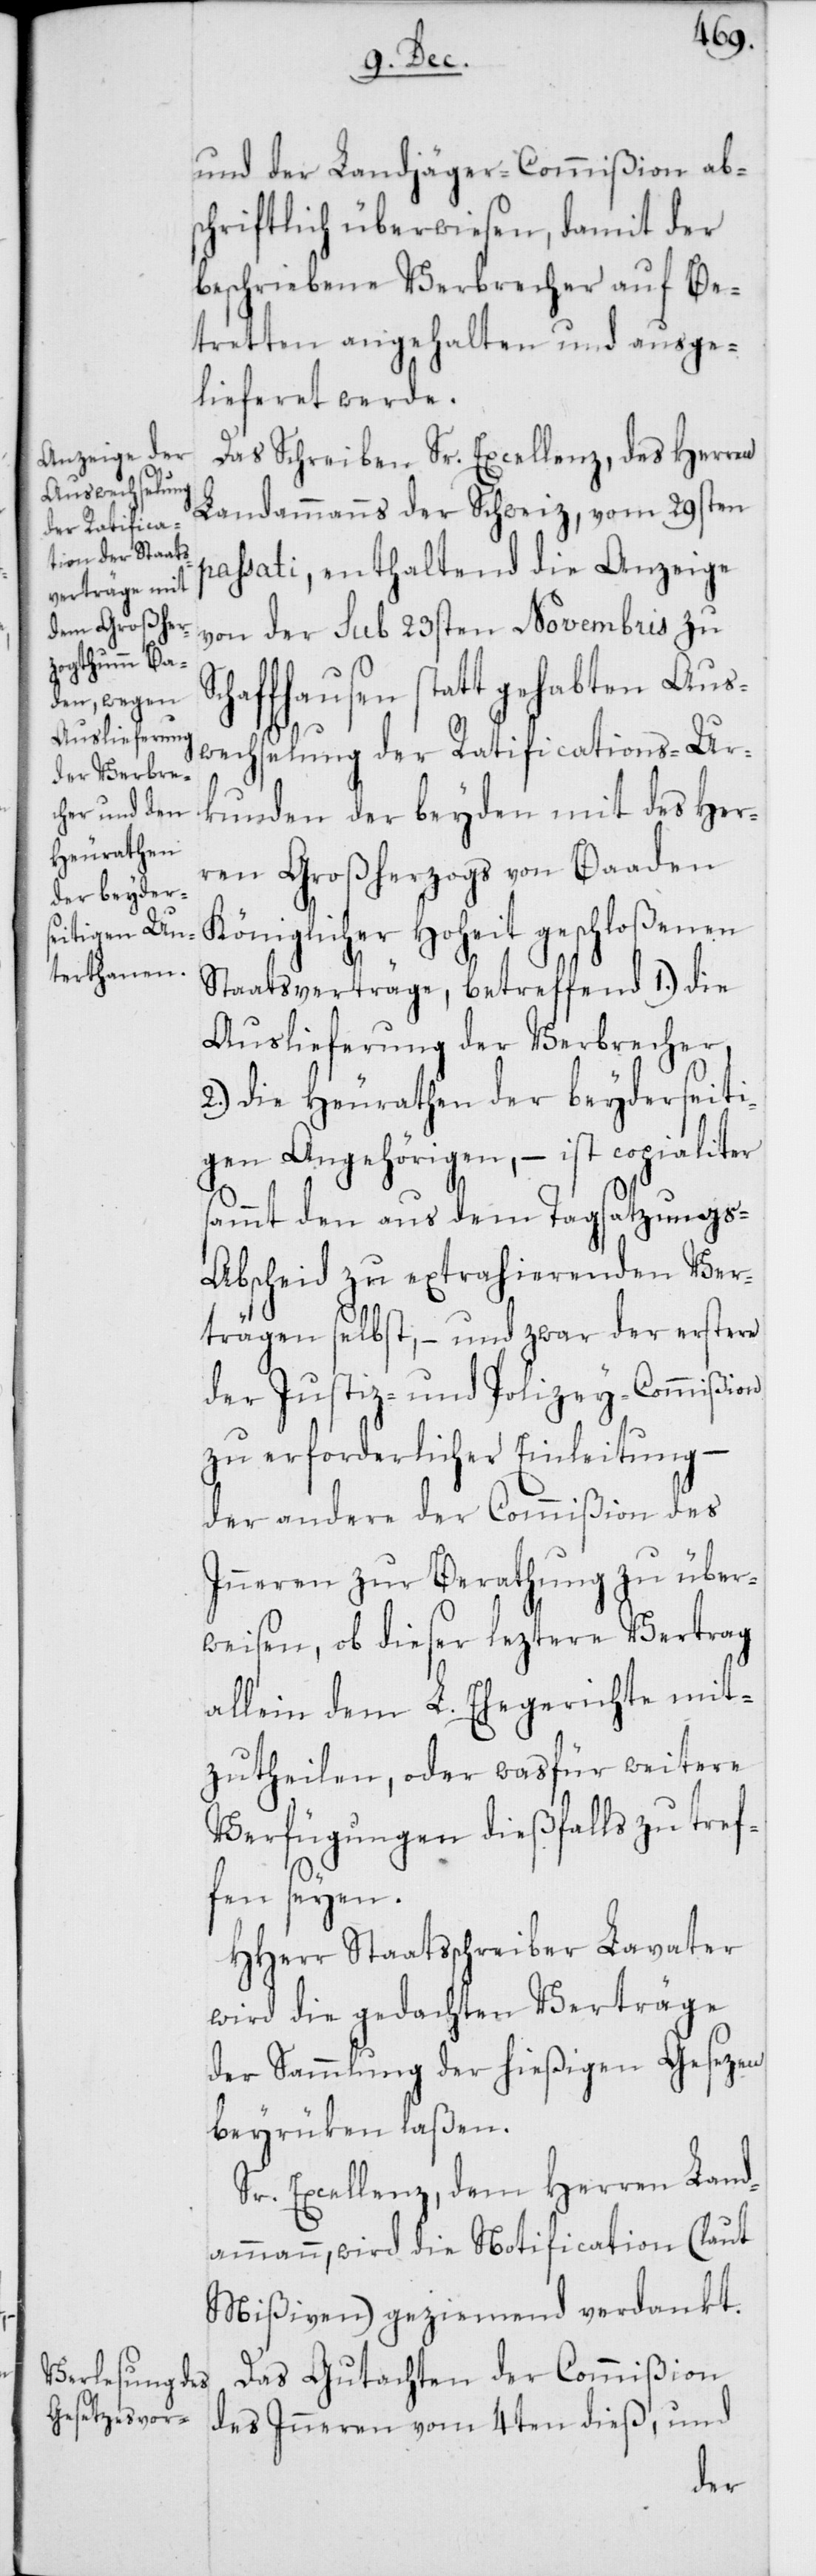
s¬
und der Landjäger-Commißion ab¬
schriftlich überwiesen, damit der
beschriebene Verbrecher auf Be¬
tretten angehalten und ausge¬
lieferet werde.
Das Schreiben Sr. Excellenz, des Herren
Landammanns der Schweiz, vom 29sten
passati, enthaltend die Anzeige
von der sub 23sten Novembris zu
haffhausen statt gehabten Aus¬
wechselung der Ratifications-Ur¬
kunden der beyden mit des Her¬
ren Großherzogs von Baaden
Königlicher Hoheit geschloßenen
Staatsverträge, betreffend 1.) die
Auslieferung der Verbrecher,
2.) die Heurathen der beyderseiti¬
gen Angehörigen, – ist copialiter
ammt den aus dem Tagsatzungs-A¬
bscheid zu extrahierenden Ver¬
trägen selbst, – und zwar der erstere
der Justiz- und Polizey-Commißion
zu erforderlicher Einleitung –
der andere der Commißion des
Inneren zur Berathung zu über¬
weisen, ob dieser leztere Vertrag
allein dem L. Ehegerichte mit¬
zutheilen, oder was für weitere
Verfügungen dießfalls zu tref¬
fen seyen.
HHerr Staatsschreiber Lavater
wird die gedachten Verträge
der Sammlung der hießigen Gesezen
beyrüken laßen.
Sr. Excellenz, dem Herren Land¬
ammann, wird die Notification (laut
Mißiven) geziemend verdankt.
Das Gutachten der Commißion
des Inneren vom 4ten dieß, und